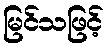
မြင်သဖြင့်